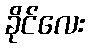
ခိုင်လေး